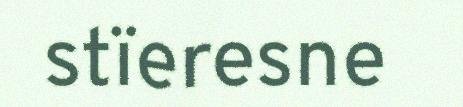
stïeresne